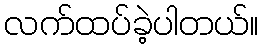
လက်ထပ်ခဲ့ပါတယ်။